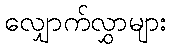
လျှောက်လွှာများ